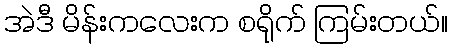
အဲဒီ မိန်းကလေးက စရိုက် ကြမ်းတယ်။